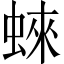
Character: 𧍍